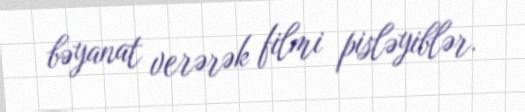
bəyanat verərək filmi pisləyiblər.